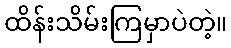
ထိန်းသိမ်းကြမှာပဲတဲ့။